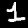
Digit: 1